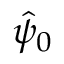
{ \hat { \psi } } _ { 0 }